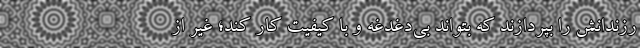
رزندانش را بپردازند که بتواند بی‌دغدغه و با کیفیت کار کند؛ غیر از